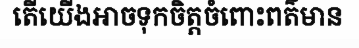
តើយើងអាចទុកចិត្តចំពោះពត៌មាន